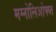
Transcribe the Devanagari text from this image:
मग्नोलिओफ्य्त